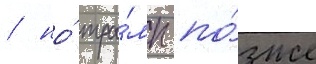
/ но́ тра́мп по́зже